Report of the Indian Hemp Drugs Commission, 1894-1895 - Volume V
Year: 1894
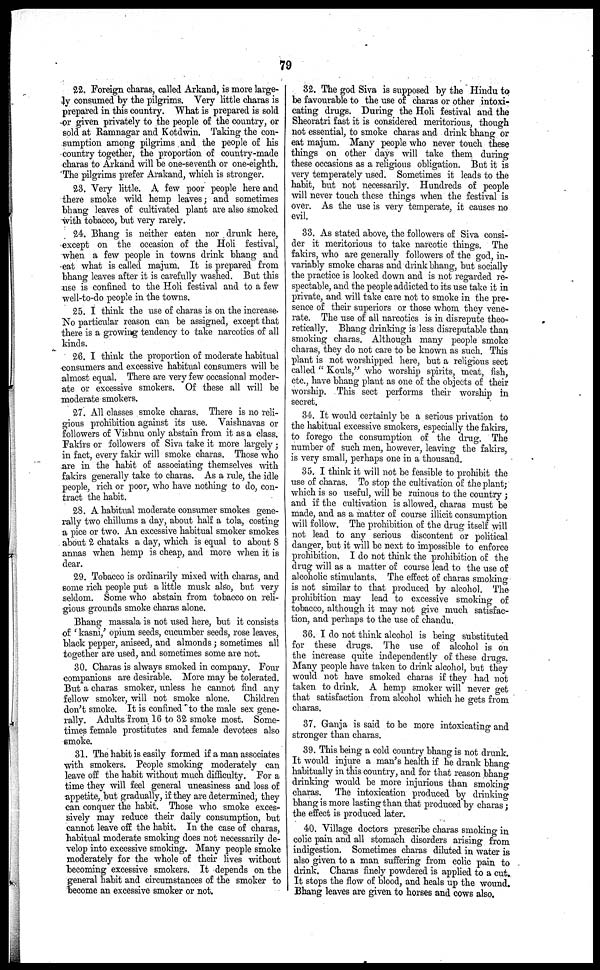
79
22. Foreign charas, called Arkand, is more large-
ly consumed by the pilgrims. Very little charas is
prepared in this country. What is prepared is sold
or given privately to the people of the country, or
sold at Ramnagar and Kotdwin. Taking the con-
sumption among pilgrims and the people of his
country together, the proportion of country-made
charas to Arkand will be one-seventh or one-eighth.
The pilgrims prefer Arakand, which is stronger.
23. Very little. A few poor people here and
there smoke wild hemp leaves ; and sometimes
bhang leaves of cultivated plant are also smoked
with tobacco, but very rarely.
24. Bhang is neither eaten nor drunk here,
except on the occasion of the Holi festival,
when a few people in towns drink bhang and
eat what is called majum. It is prepared from
bhang leaves after it is carefully washed. But this
use is confined to the Holi festival and to a few
well-to-do people in the towns.
25. I think the use of charas is on the increase.
No particular reason can be assigned, except that
there is a growing tendency to take narcotics of all
kinds.
26. I think the proportion of moderate habitual
consumers and excessive habitual consumers will be
almost equal. There are very few occasional moder-
ate or excessive smokers. Of these all will be
moderate smokers.
27. All classes smoke charas. There is no reli-
gious prohibition against its use. Vaishnavas or
followers of Vishnu only abstain from it as a class.
Fakirs or followers of Siva take it more largely ;
in fact, every fakir will smoke charas. Those who
are in the habit of associating themselves with
fakirs generally take to charas. As a rule, the idle
people, rich or poor, who have nothing to do, con-
tract the habit.
28. A habitual moderate consumer smokes gene-
rally two chillums a day, about half a tola, costing
a pice or two. An excessive habitual smoker smokes
about 2 chataks a day, which is equal to about 8
annas when hemp is cheap, and more when it is
dear.
29. Tobacco is ordinarily mixed with charas, and
some rich people put a little musk also, but very
seldom. Some who abstain from tobacco on reli-
gious grounds smoke charas alone.
Bhang massala is not used here, but it consists
of 'kasni,' opium seeds, cucumber seeds, rose leaves,
black pepper, aniseed, and almonds ; sometimes all
together are used, and sometimes some are not.
30. Charas is always smoked in company. Four
companions are desirable. More may be tolerated.
But a charas smoker, unless he cannot find any
fellow smoker, will not smoke alone. Children
don't smoke. It is confined to the male sex gene-
rally. Adults from 16 to 32 smoke most. Some-
times female prostitutes and female devotees also
smoke.
31. The habit is easily formed if a man associates
with smokers. People smoking moderately can
leave off the habit without much difficulty. For a
time they will feel general uneasiness and loss of
appetite, but gradually, if they are determined, they
can conquer the habit. Those who smoke exces-
sively may reduce their daily consumption, but
cannot leave off the habit. In the case of charas,
habitual moderate smoking does not necessarily de-
velop into excessive smoking. Many people smoke
moderately for the whole of their lives without
becoming excessive smokers. It depends on the
general habit and circumstances of the smoker to
become an excessive smoker or not.
32. The god Siva is supposed by the Hindu to
be favourable to the use of charas or other intoxi-
cating drags. During the Holi festival and the
Sheoratri fast it is considered meritorious, though
not essential, to smoke charas and drink bhang or
eat majum. Many people who never touch these
things on other days will take them during
these occasions as a religious obligation. But it is
very temperately used. Sometimes it leads to the
habit, but not necessarily. Hundreds of people
will never touch these things when the festival is
over. As the use is very temperate, it causes no
evil.
33. As stated above, the followers of Siva consi-
der it meritorious to take narcotic things. The
fakirs, who are generally followers of the god, in-
variably smoke charas and drink bhang, but socially
the practice is looked down and is not regarded re-
spectable, and the people addicted to its use take it in
private, and will take care not to smoke in the pre-
sence of their superiors or those whom they vene-
rate. The use of all narcotics is in disrepute theo-
retically. Bhang drinking is less disreputable than
smoking charas. Although many people smoke
charas, they do not care to be known as such. This
plant is not worshipped here, but a religious sect
called "Kouls," who worship spirits, meat, fish,
etc., have bhang plant as one of the objects of their
worship. This sect performs their worship in
secret.
34. It would certainly be a serious privation to
the habitual excessive smokers, especially the fakirs,
to forego the consumption of the drug. The
number of such men, however, leaving the fakirs,
is very small, perhaps one in a thousand.
35. I think it will not be feasible to prohibit the
use of charas. To stop the cultivation of the plant;
which is so useful, will be ruinous to the country ;
and if the cultivation is allowed, charas must be
made, and as a matter of course illicit consumption
will follow. The prohibition of the drug itself will
not lead to any serious discontent or political
danger, but it will be next to impossible to enforce
prohibition. I do not think the prohibition of the
drug will as a matter of course lead to the use of
alcoholic stimulants. The effect of charas smoking
is not similar to that produced by alcohol. The
prohibition may lead to excessive smoking of
tobacco, although it may not give much satisfac-
tion, and perhaps to the use of chandu.
36. I do not think alcohol is being substituted
for these drugs. The use of alcohol is on
the increase quite independently of these drugs.
Many people have taken to drink alcohol, but they
would not have smoked charas if they had not
taken to drink. A hemp smoker will never get
that satisfaction from alcohol which he gets from
charas.
37. Ganja is said to be more intoxicating and
stronger than charas.
39. This being a cold country bhang is not drunk.
It would injure a man's health if he drank bhang
habitually in this country, and for that reason bhang
drinking would be more injurious than smoking
charas. The intoxication produced by drinking
bhang is more lasting than that produced by charas ;
the effect is produced later.
40. Village doctors prescribe charas smoking in
colic pain and all stomach disorders arising from
indigestion. Sometimes charas diluted in water is
also given to a man suffering from colic pain to
drink. Charas finely powdered is applied to a cut.
It stops the flow of blood, and heals up the wound.
Bhang leaves are given to horses and cows also.